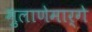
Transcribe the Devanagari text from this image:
मुलाणेमार्गे